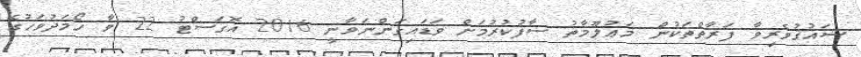
ޝައުޤުވެރިވާ ފަރާތްތަކުން މަޢުލޫމާތު ސާފުކުރުމަށް ވަޑައިގަންނަވާނީ 2016 އޮގަސްޓު 22 ވާ ހޯމަދުވަހުގެ